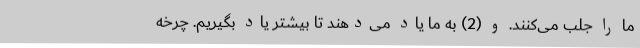
ما را جلب می‌کنند. و (2) به ما یاد می‌دهند تا بیشتر یاد بگیریم. چرخه